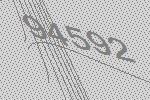
94592